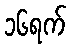
၁၆ရက်